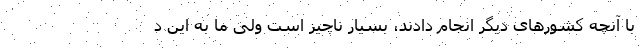
با آنچه کشورهای دیگر انجام دادند، بسیار ناچیز است ولی ما به این د